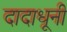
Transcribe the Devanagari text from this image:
दादाधूनी